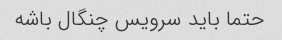
حتما باید سرویس چنگال باشه